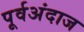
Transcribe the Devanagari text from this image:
पूर्वअंदाज